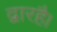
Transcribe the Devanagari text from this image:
द्वारहै।